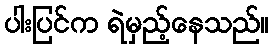
ပါးပြင်က ရဲမှည့်နေသည်။